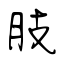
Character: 肢